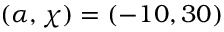
( \alpha , \chi ) = ( - 1 0 , 3 0 )